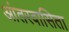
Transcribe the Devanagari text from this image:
आंतरवासिता